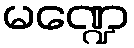
မဏ္ဍေ